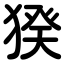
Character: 猤